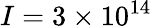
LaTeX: I=3\times 10^{14}